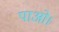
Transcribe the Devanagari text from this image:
पाओ।